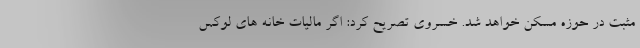
مثبت در حوزه مسکن خواهد شد. خسروی تصریح کرد: اگر مالیات خانه های لوکس